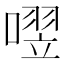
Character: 𪢄